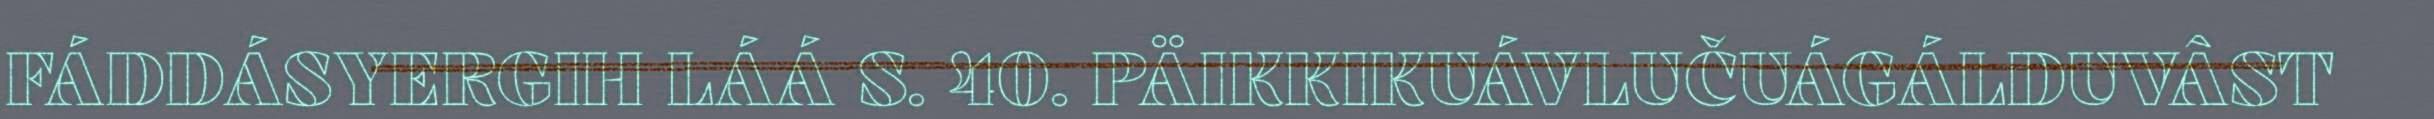
FÁDDÁSYERGIH LÁÁ S. 40. PÄIKKIKUÁVLUČUÁGÁLDUVÂST